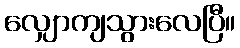
လျှောကျသွားလေပြီ။